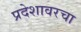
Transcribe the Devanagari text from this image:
प्रदेशावरचा